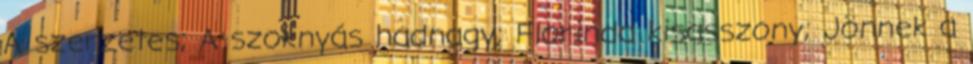
A szerzetes; A szoknyás hadnagy; Florinda kisasszony; Jönnek a